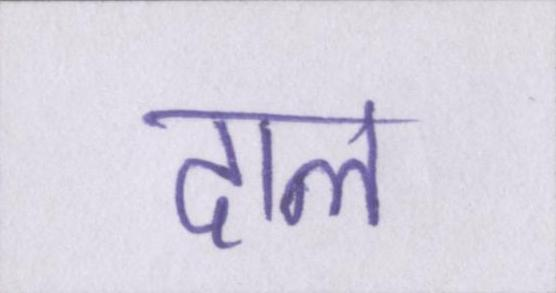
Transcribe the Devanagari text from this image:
दाल